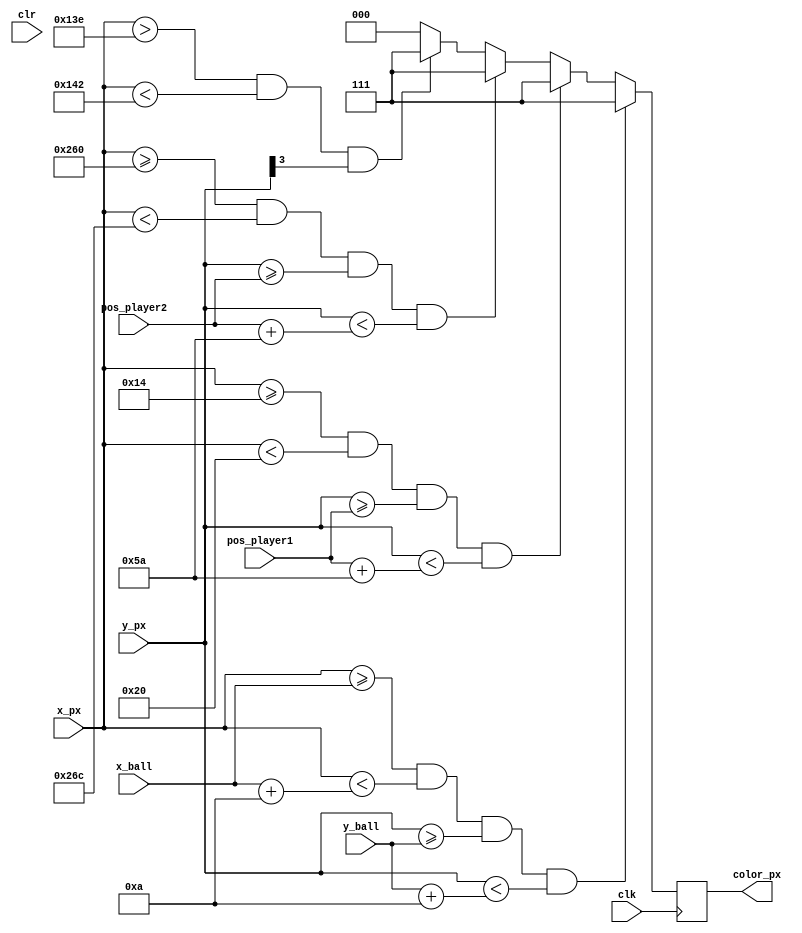
//////////////////////////////////////////////////////////////////////////////////
// Company: Ridotech
//
// Module Name: graphics_pong
// Description: Graphics pong game.
//
// Dependencies:
//
// Revision:
// Revision 0.01 - File Created
//
// Additional Comments:
//
//////////////////////////////////////////////////////////////////////////////////
module graphics_pong (
                input wire        clk,        // System clock.
                input wire        clr,        // Asyncronous reset.
                input wire [9:0]  x_px,       // X position actual pixel.
                input wire [9:0]  y_px,       // Y position actual pixel.
                input wire [9:0]  x_ball,     // X position actual logo.
                input wire [9:0]  y_ball,     // Y position actual logo.
                input wire [9:0]  pos_player1, // Player 1 position.
                input wire [9:0]  pos_player2, // Player 1 position.
                output reg [2:0]  color_px     // Actual pixel color.
                );

    // Some colors.
    parameter [2:0] black = 3'b000;
    parameter [2:0] blue  = 3'b001;
    parameter [2:0] green = 3'b010;
    parameter [2:0] white = 3'b111;

    parameter ink = green;
    parameter background = black;

	// Parmetros... son comunes al bloque dynamic. Definir exteriormente para modificar un nico valor.
    localparam size_ball = 10;
    localparam separator = 20;
    localparam width_screen = 640;
    localparam height_screen = 480;
    localparam width_player = 12;
    localparam height_player = 90;

    // Draw or not the ball.
    always @(posedge clk)
    begin
        // Drawing the ball...
        if ((x_px >= x_ball) && (x_px < x_ball + size_ball) && (y_px >= y_ball) && (y_px < y_ball + size_ball))
                color_px = white;
        else
            // Drawing Player 1.
            if ((x_px >= separator) && (x_px < separator + width_player) && (y_px >= pos_player1) && (y_px < pos_player1 + height_player))
                color_px = white;
            else
                // Drawing Player 2.
                if ((x_px >= width_screen-separator-width_player) && (x_px < width_screen-separator) && (y_px >= pos_player2) && (y_px < pos_player2 +height_player))
                    color_px = white;
                else
                    // Drawing lines.
                    if (
                         ((x_px > width_screen/2-2) && (x_px < width_screen/2+2) && y_px[3])       // Midle
//                        || ((y_px > 0) && (y_px < 4) && x_px[3])                                 // Top
//                        || ((y_px > height_screen-4) && (y_px < height_screen) && x_px[3])       // Bottom
                       )
                       color_px = white;
                    else
                        color_px = background;
    end
endmodule